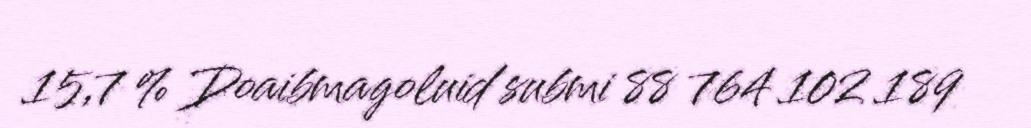
15,7 % Doaibmagoluid submi 88 764 102 189